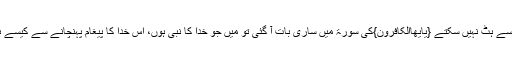
تم اپنی ڈھٹائی کی وجہ سے اپنے جھوٹے دین سے ہٹ نہیں سکتے {یٰٓاَیُّھَاالْکَافِرُوْنَ}کی سورۃ میں ساری بات آ گئی تو مَیں جو خدا کا نبی ہوں، اس خدا کا پیغام پہنچانے سے کیسے باز آ جاؤں جس کا خدا نے مجھے حکم دیا ہے۔